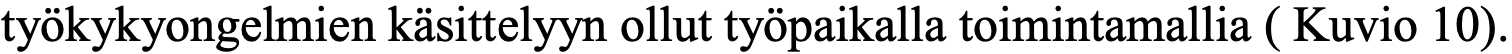
työkykyongelmien käsittelyyn ollut työpaikalla toimintamallia ( Kuvio 10).